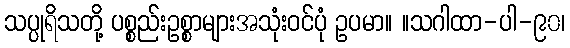
သပ္ပုရိသတို့ ပစ္စည်းဥစ္စာများအသုံးဝင်ပုံ ဥပမာ။ ။သဂါထာ-ပါ-၉၀၊